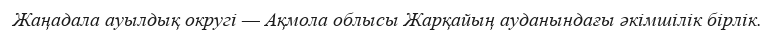
Жаңадала ауылдық округі — Ақмола облысы Жарқайың ауданындағы әкімшілік бірлік.